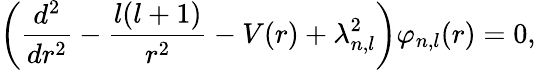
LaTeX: \left(\frac{d^{2}}{dr^{2}}-\frac{l(l+1)}{r^{2}}-V(r)+\lambda_{n,l}^{2}\right)\varphi_{n,l}(r)=0,